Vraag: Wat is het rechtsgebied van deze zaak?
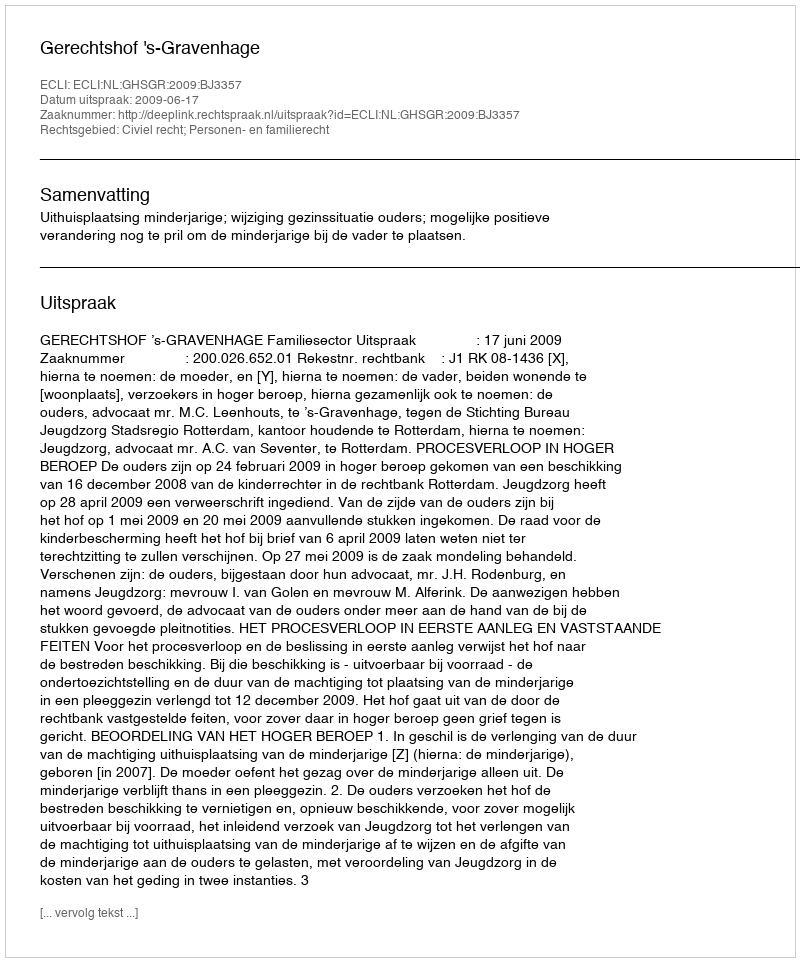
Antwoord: Civiel recht; Personen- en familierecht